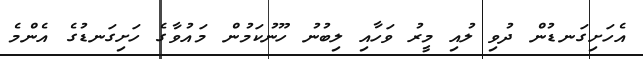
އެހަށިގަނޑުން ދުވި ލުއި މީރު ވަހާއި ލިބުނު ހޫނުކަމުން މައުވާގެ ހަށިގަނޑުގެ އެންމެ